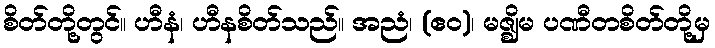
စိတ်တို့တွင်။ ဟီနံ၊ ဟီနစိတ်သည်။ အညံ၊ (ဧဝ)၊ မဇ္ဈိမ ပဏီတစိတ်တို့မှ